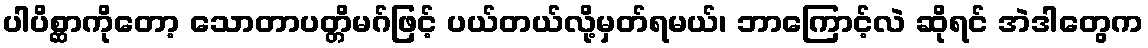
ပါပိစ္ဆာကိုတော့ သောတာပတ္တိမဂ်ဖြင့် ပယ်တယ်လို့မှတ်ရမယ်၊ ဘာကြောင့်လဲ ဆိုရင် အဲဒါတွေက